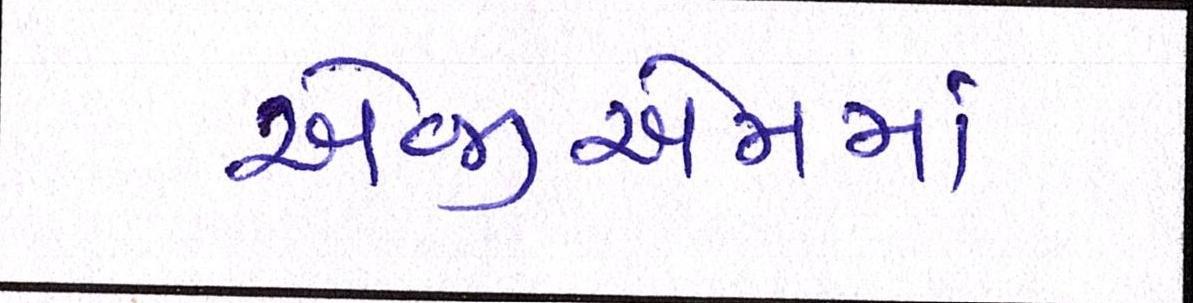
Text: એજીએમમાં